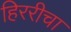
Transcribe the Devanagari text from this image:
हिररीचा